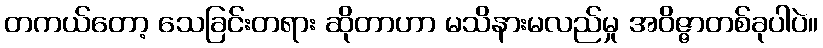
တကယ်တော့ သေခြင်းတရား ဆိုတာဟာ မသိနားမလည်မှု အဝိဇ္ဇာတစ်ခုပါပဲ။